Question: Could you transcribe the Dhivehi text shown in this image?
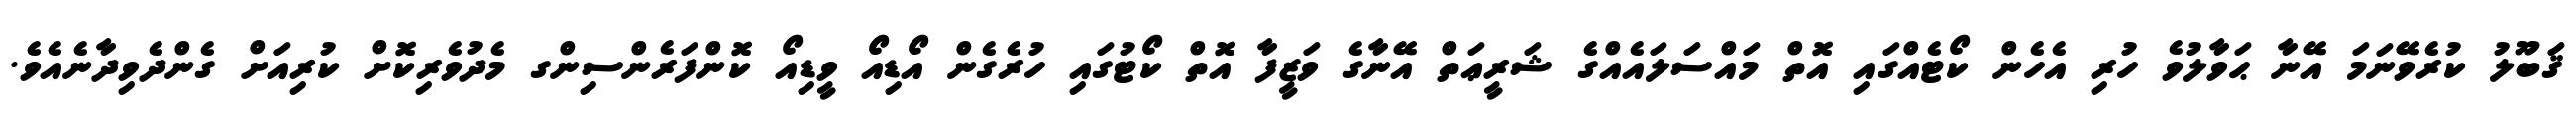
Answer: ޤަބޫލު ކުރެވޭނަމަ އޭނާ ޙަވާލުވެ ހުރި އެހެން ކޯޓެއްގައި އޮތް މައްސަލައެއްގެ ޝަރީޢަތް އޭނާގެ ވަޒީފާ އޮތް ކޯޓުގައި ހުރެގެން އޯޑިއޯ ވީޑިއޯ ކޮންފަރެންސިންގ މެދުވެރިކޮށް ކުރިއަށް ގެންދެވިދާނެއެވެ.